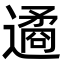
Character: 遹